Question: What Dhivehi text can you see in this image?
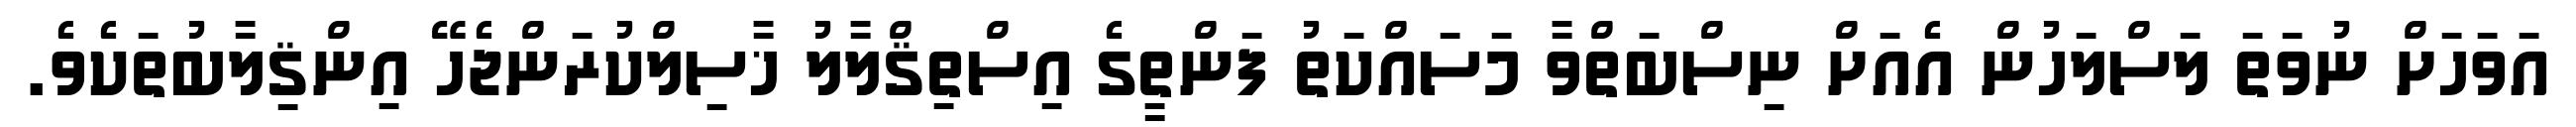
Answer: އަވަހަށް ނުވަތަ ލަސްލަހުން އެއަށް ނިސްބަތްވާ މަސައްކަތު ފަންތީގެ އިސްތިޤްލާލު ޚާސިލްކުރަންޖެހޭ އިންޤިލާބުތަކެވެ.